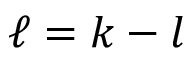
\ell = k - l